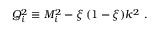
Q _ { i } ^ { 2 } \equiv M _ { i } ^ { 2 } - \xi \, ( 1 - \xi ) k ^ { 2 } \, \, .